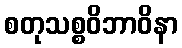
စတုသစ္စဝိဘာဝိနာ